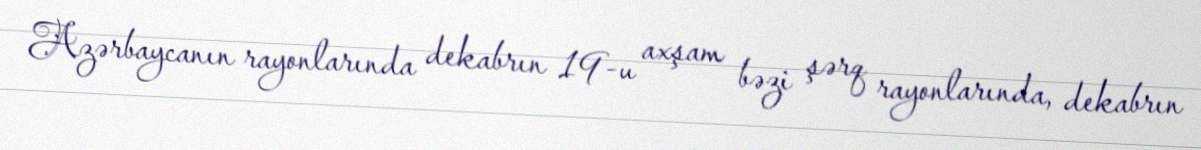
Azərbaycanın rayonlarında dekabrın 19-u axşam bəzi şərq rayonlarında, dekabrın